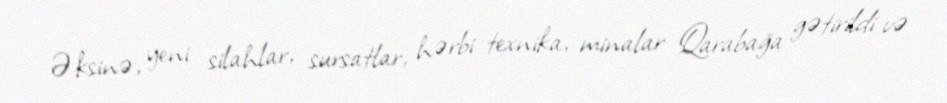
Əksinə, yeni silahlar, sursatlar, hərbi texnika, minalar Qarabağa gətirildi və